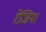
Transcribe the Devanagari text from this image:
रेजिन।